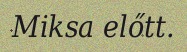
Miksa előtt.